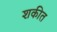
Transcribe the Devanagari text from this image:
शकीत